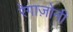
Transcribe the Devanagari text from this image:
रेगाज़ोनी